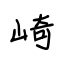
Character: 崎